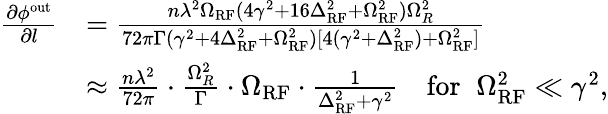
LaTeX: \begin{array}{rl}{\frac{\partial\phi^{\mathrm{out}}}{\partial l}}&{=\frac{n\lambda^{2}\Omega_{\mathrm{RF}}(4\gamma^{2}+16\Delta_{\mathrm{RF}}^{2}+\Omega_{\mathrm{RF}}^{2})\Omega_{R}^{2}}{72\pi\Gamma(\gamma^{2}+4\Delta_{\mathrm{RF}}^{2}+\Omega_{\mathrm{RF}}^{2})[4(\gamma^{2}+\Delta_{\mathrm{RF}}^{2})+\Omega_{\mathrm{RF}}^{2}]}}\\ &{\approx\frac{n\lambda^{2}}{72\pi}\cdot\frac{\Omega_{R}^{2}}{\Gamma}\cdot\Omega_{\mathrm{RF}}\cdot\frac{1}{\Delta_{\mathrm{RF}}^{2}+\gamma^{2}}\quad\mathrm{for}\; \; \Omega_{\mathrm{RF}}^{2}\ll\gamma^{2},}\end{array}